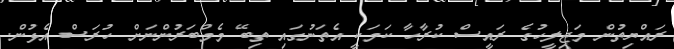
ރައްޔިތުން މަޖިލީހުގެ ރައީސް ކުރާހާ ކަމަކީ އެތަނުގައި ތިބޭ މެމްބަރުންނަށް ހުރަސް އެޅުން.